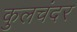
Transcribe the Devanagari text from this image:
कुलचंदर